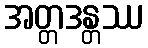
အတ္တဒန္တဿ